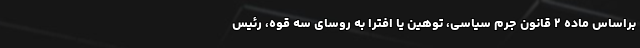
براساس ماده ۲ قانون جرم سیاسی، توهین یا افترا به روسای سه قوه، رئیس